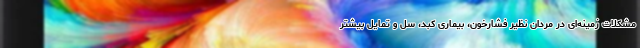
مشکلات زمینه‌ای در مردان نظیر فشارخون، بیماری کبد، سل و تمایل بیشتر